Civil Veterinary Department Bihar reports 1940-50 - 1940-1950
Year: 1940
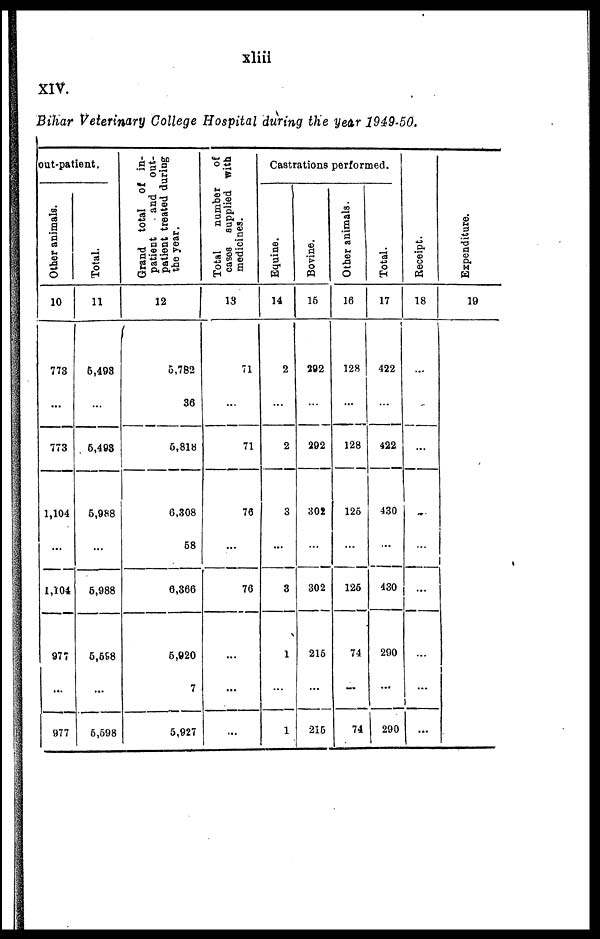
xliii
XIV.
Bihar Veterinary College Hospital during the year 1949-50.
out-patient.
Other animals.
10
773
...
773
1,104
1,104
977
...
977
Total.
11
6,493
…
5,403
5,988
...
5,988
5,598
...
5,598
Grand total of in-
patient
and out-
patient treated during
the year.
12
5,782
36
6,818
6,308
58
6,366
5,920
7
5,927
Total
number
of
cases supplied with
medicines.
13
71
....
71
76
…
76
...
...
...
Castrations performed.
Equine.
14
2
…
2
3
...
3
1
…
1
Bovine.
15
292
…
292
302
302
215
...
215
Other animals.
16
128
…
128
125
126
74
…
74
Total.
17
422
…
422
430
...
430
290
…
290
Receipt.
18
…
…
...
…
…
…
…
…
…
Expenditure.
19